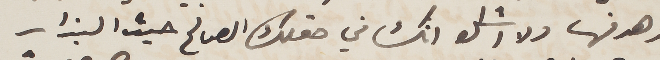
وهدفها ولا اشك انك في حقلك الصالح حيث البذار